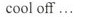
coll off …